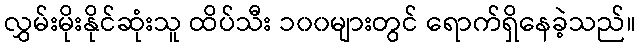
လွှမ်းမိုးနိုင်ဆုံးသူ ထိပ်သီး ၁၀၀များတွင် ရောက်ရှိနေခဲ့သည်။